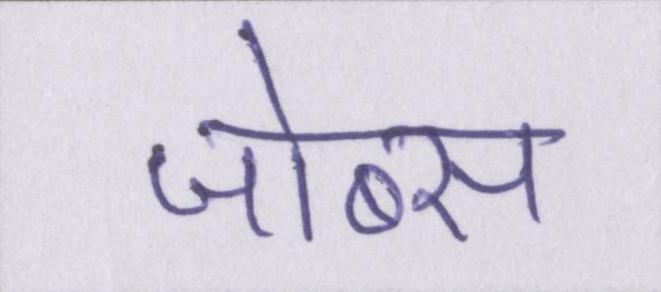
जोब्स